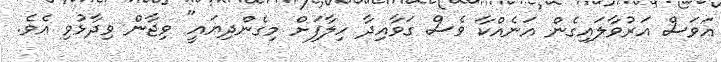
އަވަސް އަރުވާލައިގެން އަނެއްކާ ވެސް ގަވާއިދާ ހިލާފަށް މިގެންދިޔައީ" ވިޖާން ވިދާޅުވި އެވެ.